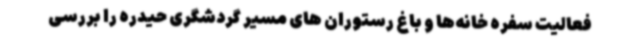
فعالیت سفره خانه‌ها و باغ رستوران های مسیر گردشگری حیدره را بررسی